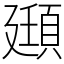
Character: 頲